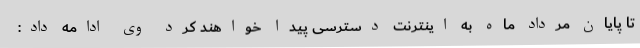
تا پایان مرداد ماه به اینترنت دسترسی پیدا خواهند کرد وی ادامه داد: